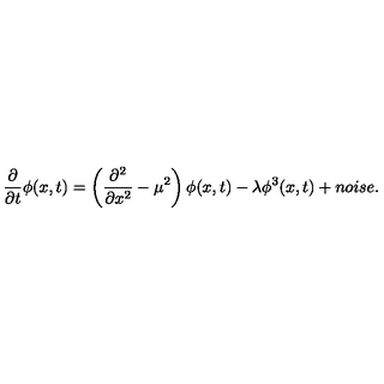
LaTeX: \frac { \partial } { \partial t } \phi ( x , t ) = \left( \frac { \partial ^ { 2 } } { \partial x ^ { 2 } } - \mu ^ { 2 } \right) \phi ( x , t ) - \lambda \phi ^ { 3 } ( x , t ) + n o i s e .